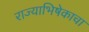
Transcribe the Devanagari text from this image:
राज्याभिषेकाचा